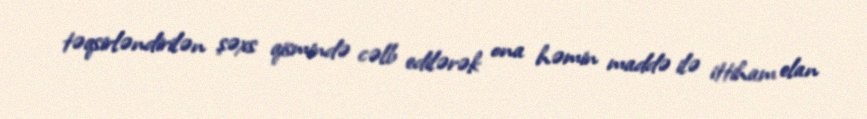
təqsirləndirilən şəxs qismində cəlb edilərək ona həmin maddə ilə ittiham elan